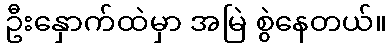
ဦးနှောက်ထဲမှာ အမြဲ စွဲနေတယ်။